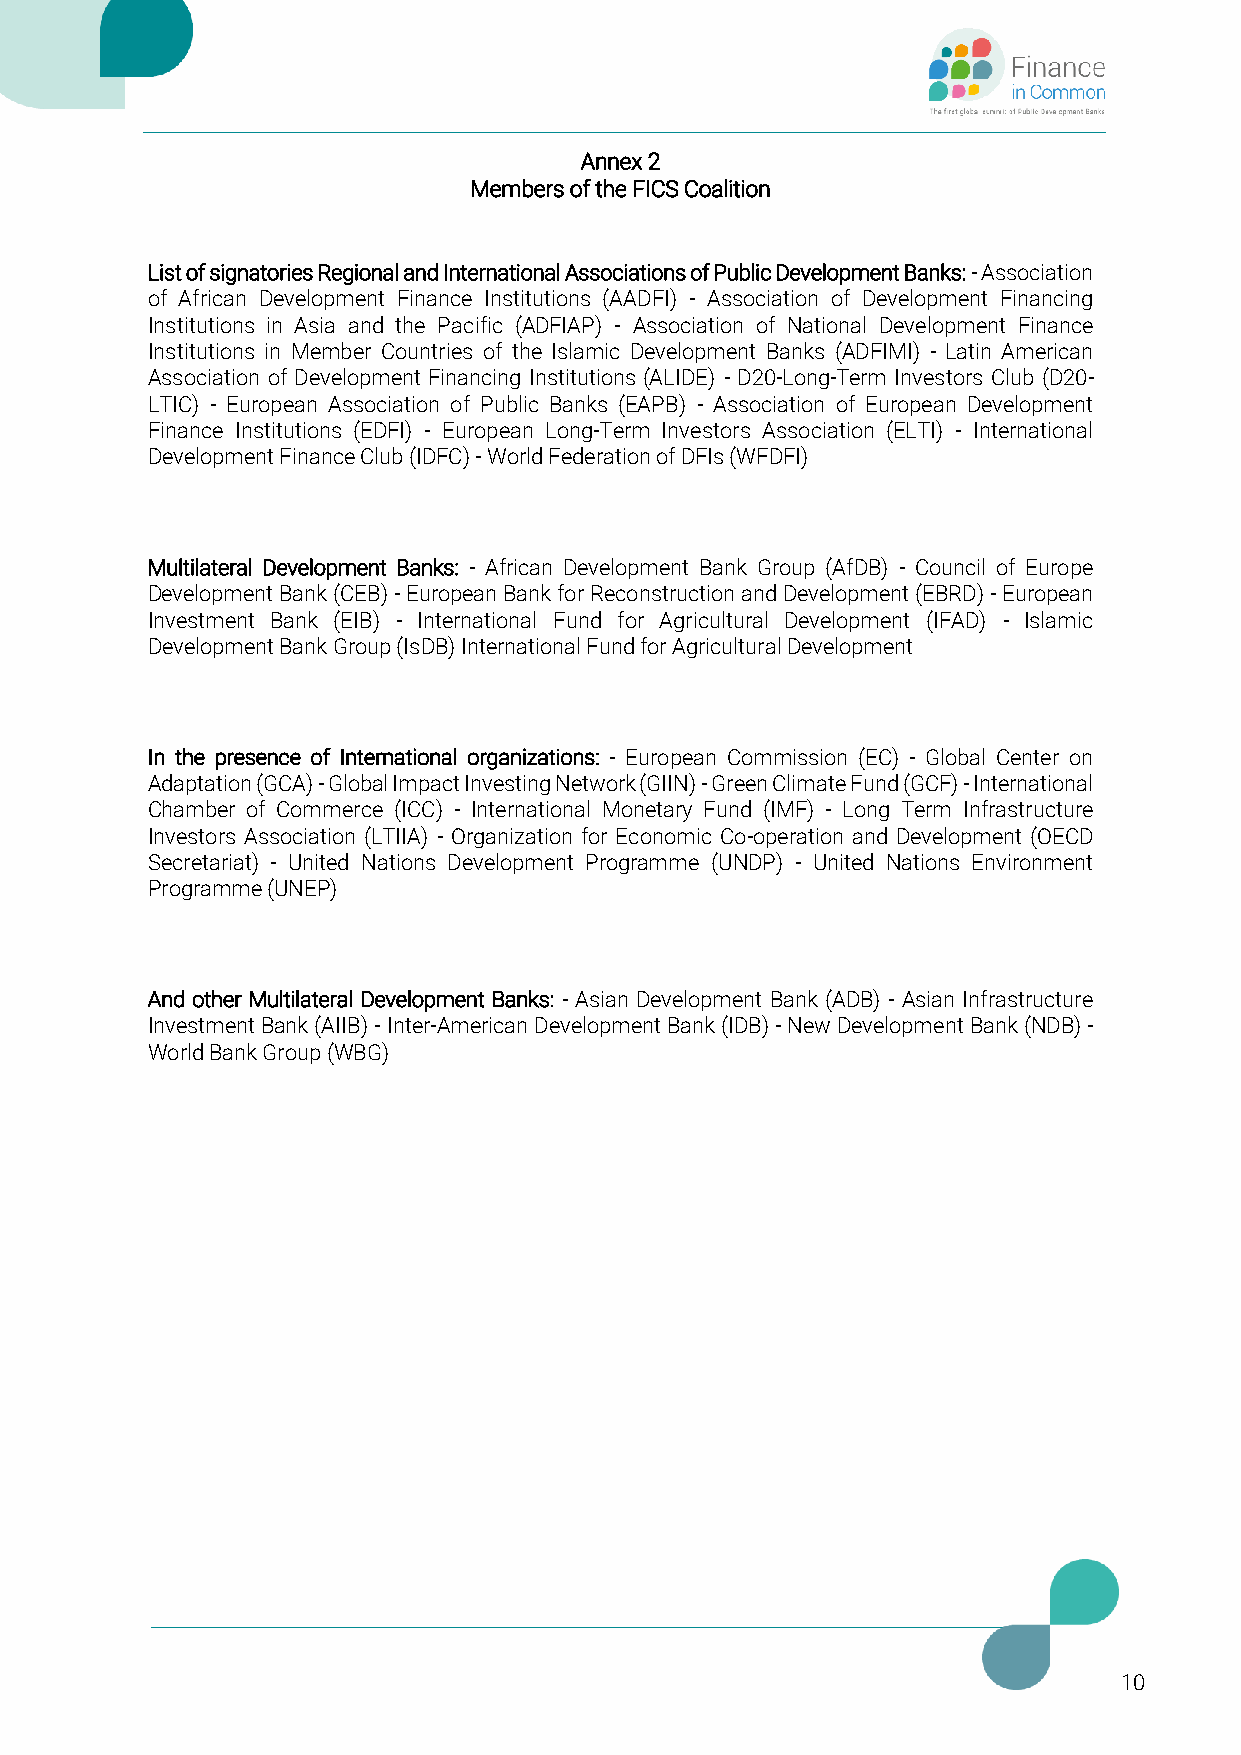
Annex 2
 Members of the FICS Coalition
 List of signatories Regional and International Associations of Public Development Banks: - Association
 of African Development Finance Institutions (AADFI) - Association of Development Financing
 Institutions in Asia and the Pacific (ADFIAP) - Association of National Development Finance
 Institutions in Member Countries of the Islamic Development Banks (ADFIMI) - Latin American
 Association of Development Financing Institutions (ALIDE) - D20-Long-Term Investors Club (D20-
 LTIC) - European Association of Public Banks (EAPB) - Association of European Development
 Finance Institutions (EDFI) - European Long-Term Investors Association (ELTI) - International
 Development Finance Club (IDFC) - World Federation of DFIs (WFDFI)
 Multilateral Development Banks: - African Development Bank Group (AfDB) - Council of Europe
 Development Bank (CEB) - European Bank for Reconstruction and Development (EBRD) - European
 Investment Bank (EIB) - International Fund for Agricultural Development (IFAD) - Islamic
 Development Bank Group (IsDB) International Fund for Agricultural Development
 In the presence of International organizations: - European Commission (EC) - Global Center on
 Adaptation (GCA) - Global Impact Investing Network (GIIN) - Green Climate Fund (GCF) - International
 Chamber of Commerce (ICC) - International Monetary Fund (IMF) - Long Term Infrastructure
 Investors Association (LTIIA) - Organization for Economic Co-operation and Development (OECD
 Secretariat) - United Nations Development Programme (UNDP) - United Nations Environment
 Programme (UNEP)
 And other Multilateral Development Banks: - Asian Development Bank (ADB) - Asian Infrastructure
 Investment Bank (AIIB) - Inter-American Development Bank (IDB) - New Development Bank (NDB) -
 World Bank Group (WBG)
 10